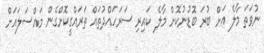
ނުވަތަ މާލެ އަށް ބުރަ ބޮޑުނުކޮށް މާލެ ކައިރި ސަރަހައްދުތައް ތަރައްގީކޮށްގެން މައްސަލައަށް